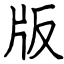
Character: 版